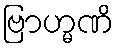
ဗြာဟ္မဏိ